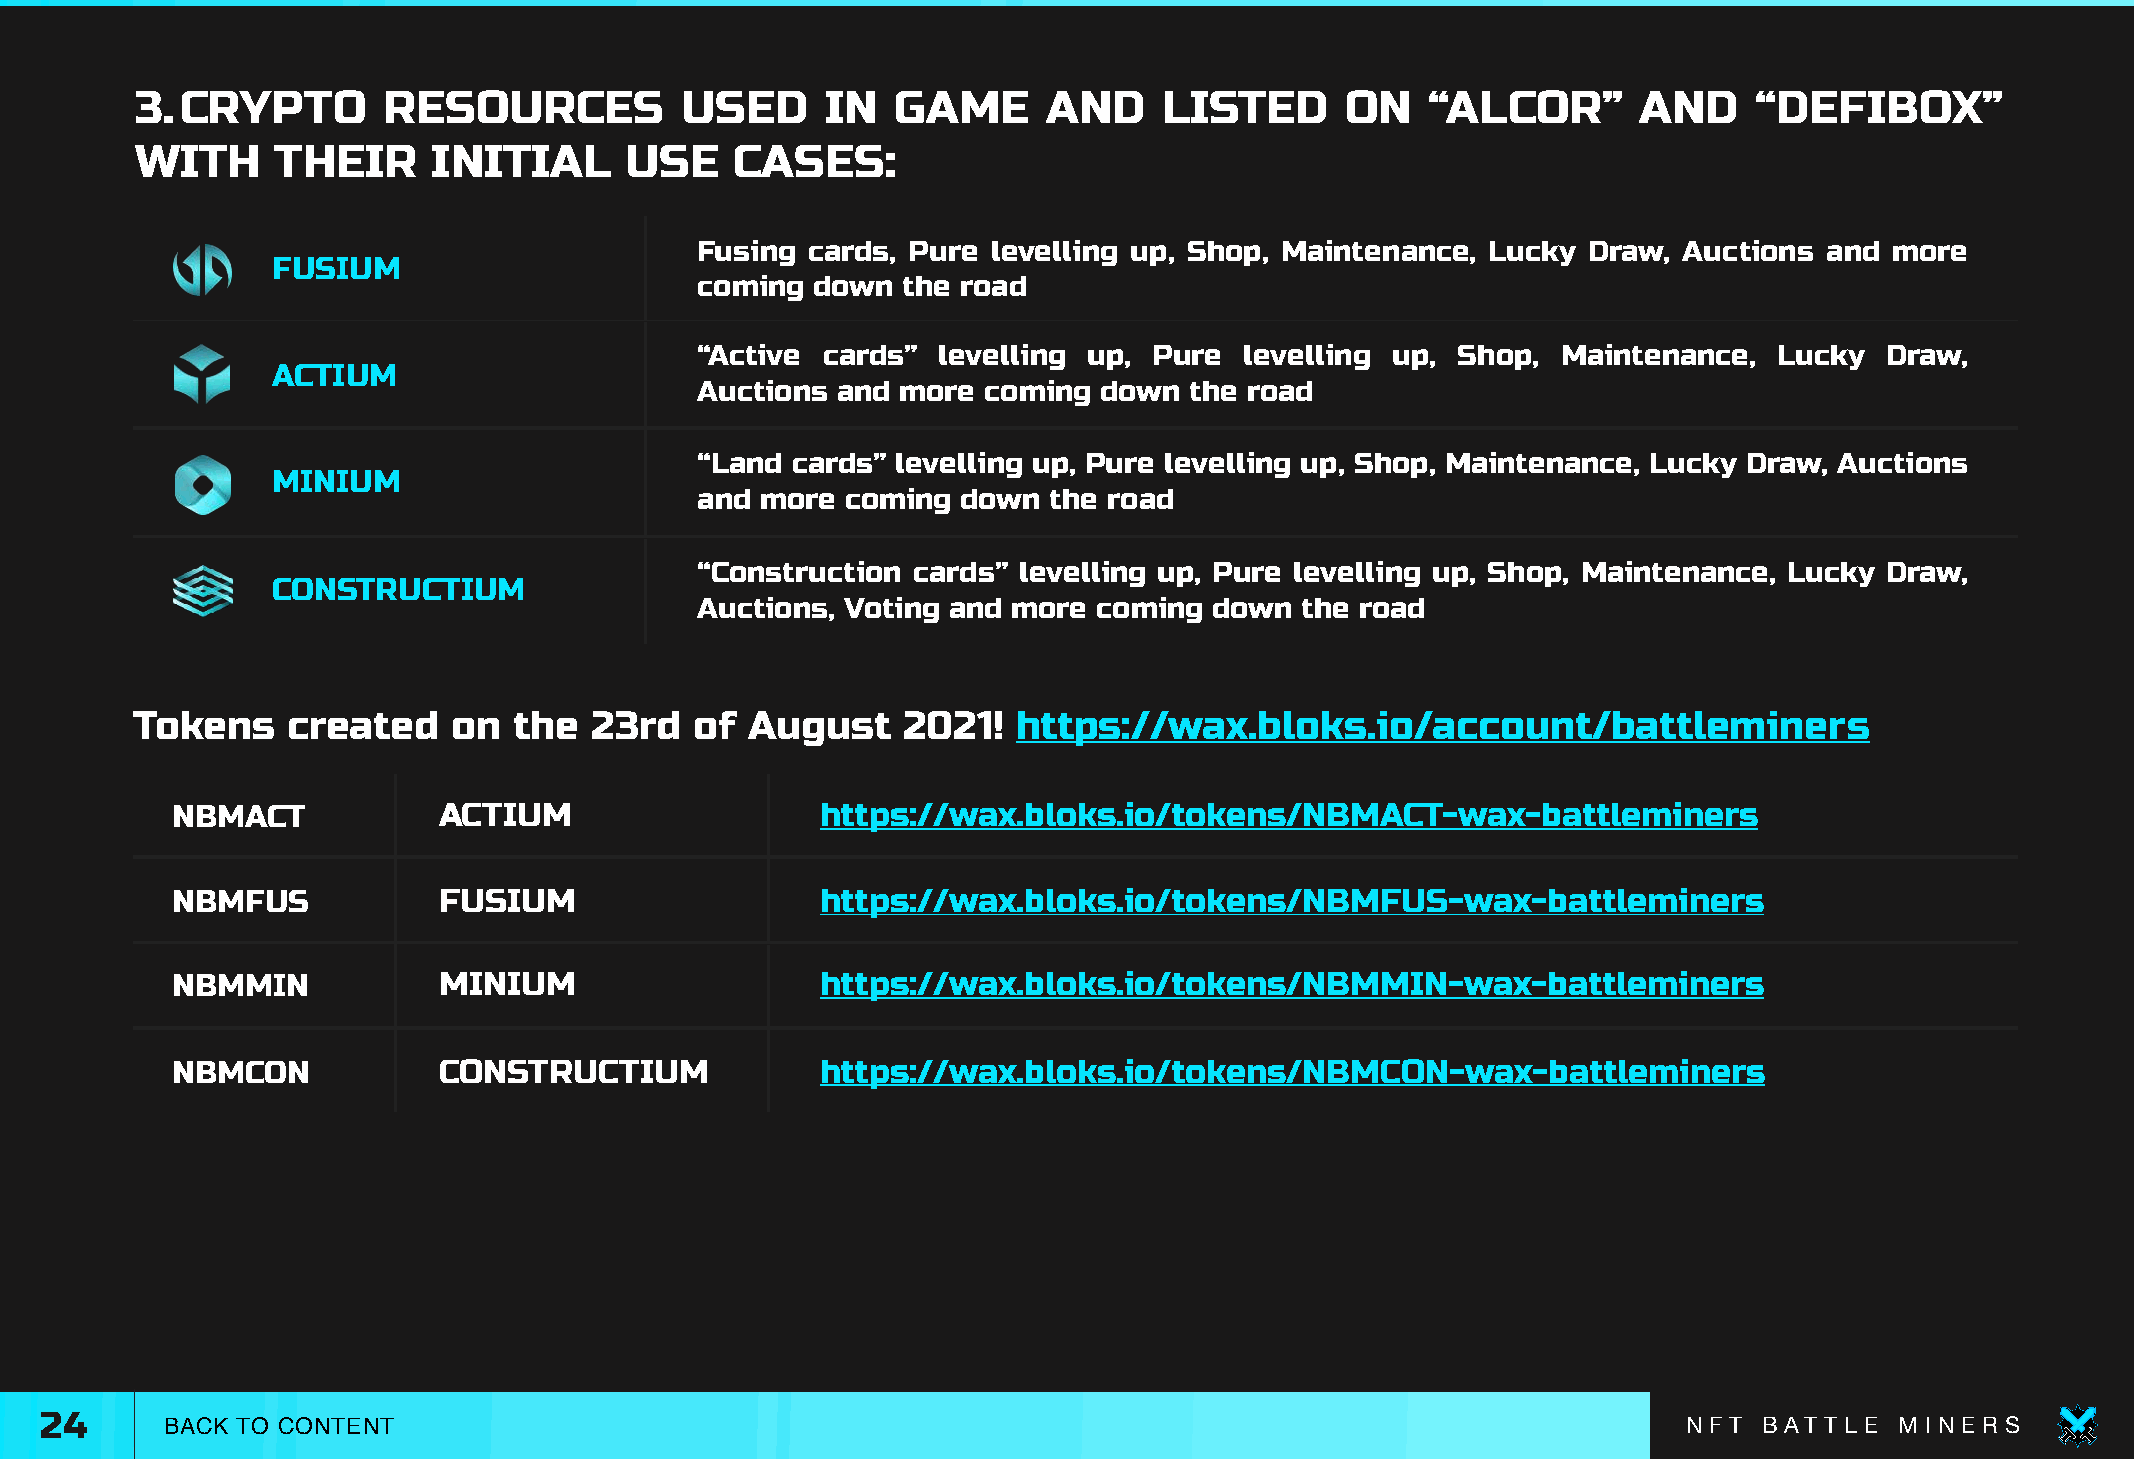
3.CRYPTO        RESOURCES           USED      IN  GAME      AND     LISTED      ON    “ALCOR”       AND    “DEFIBOX”
 WITH     THEIR      INITIAL     USE     CASES:
 Fusing  cards, Pure levelling up, Shop, Maintenance, Lucky Draw, Auctions  and more
 FUSIUM
 coming  down  the road
 “Active cards”  levelling up, Pure  levelling up, Shop,  Maintenance,   Lucky  Draw,
 ACTIUM
 Auctions and  more coming  down  the road
 “Land cards” levelling up, Pure levelling up, Shop, Maintenance, Lucky Draw, Auctions
 MINIUM
 and more  coming  down the road
 “Construction cards” levelling up, Pure levelling up, Shop, Maintenance, Lucky Draw,
 CONSTRUCTIUM
 Auctions, Voting and more  coming down  the road
 Tokens    created    on  the  23rd   of August     2021!  https://wax.bloks.io/account/battleminers
 NBMACT            ACTIUM                   https://wax.bloks.io/tokens/NBMACT-wax-battleminers
 NBMFUS            FUSIUM                   https://wax.bloks.io/tokens/NBMFUS-wax-battleminers
 NBMMIN            MINIUM                   https://wax.bloks.io/tokens/NBMMIN-wax-battleminers
 NBMCON            CONSTRUCTIUM             https://wax.bloks.io/tokens/NBMCON-wax-battleminers
 24      BACK TO CONTENT                                                                                      N F T B AT T L E M I N E R S